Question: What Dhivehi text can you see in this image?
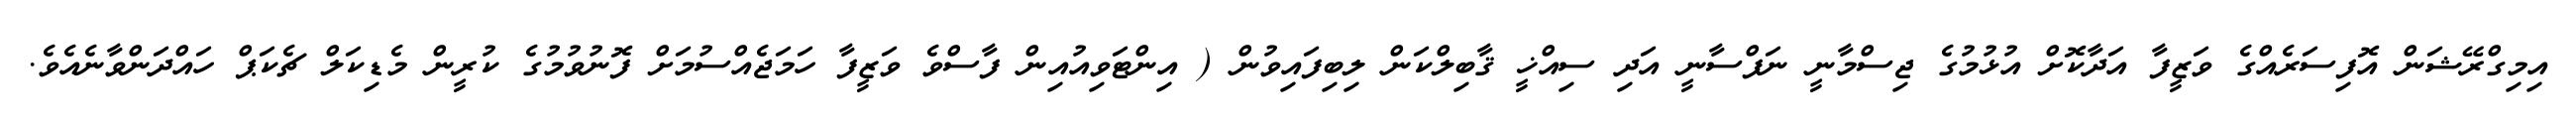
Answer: އިމިގްރޭޝަން އޮފިސަރެއްގެ ވަޒީފާ އަދާކޮށް އުޅުމުގެ ޖިސްމާނީ ނަފްސާނީ އަދި ސިއްޚީ ޤާބިލްކަން ލިބިފައިވުން ( އިންޓަވިއުއިން ފާސްވެ ވަޒީފާ ހަމަޖެއްސުމަށް ފޮނުވުމުގެ ކުރީން މެޑިކަލް ޗެކަޕް ހައްދަންވާނެއެވެ.